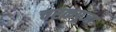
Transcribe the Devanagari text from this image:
चरकपूजा